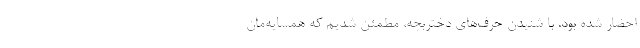
احضار شده بود. با شنیدن حرف‌های دختربچه، مطمئن شدیم که همسایه‌مان